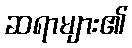
ဆရာများ၏